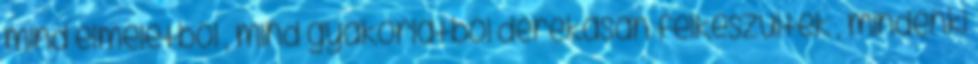
mind elméletből , mind gyakorlatból derekasan felkészültek , mindenki